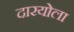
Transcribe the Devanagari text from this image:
दारयोला